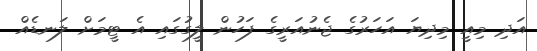
އަދި މިއީ މިދިޔަ އަހަރުގެ ޖެނުއަރީގެ ފަހުން ލީގުގައި އެ ޓީމަށް ލަނޑެއް